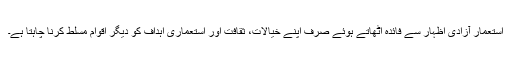
استعمار آزادی اظہار سے فائدہ اٹھاتے ہوئے صرف اپنے خیالات، ثقافت اور استعماری اہداف کو دیگر اقوام مسلط کرنا چاہتا ہے۔